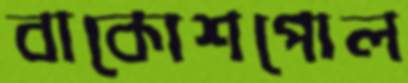
বাকোশপোল